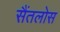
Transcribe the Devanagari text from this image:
सैंतलोस